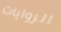
الروايات